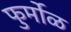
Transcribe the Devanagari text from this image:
फुर्मोळ